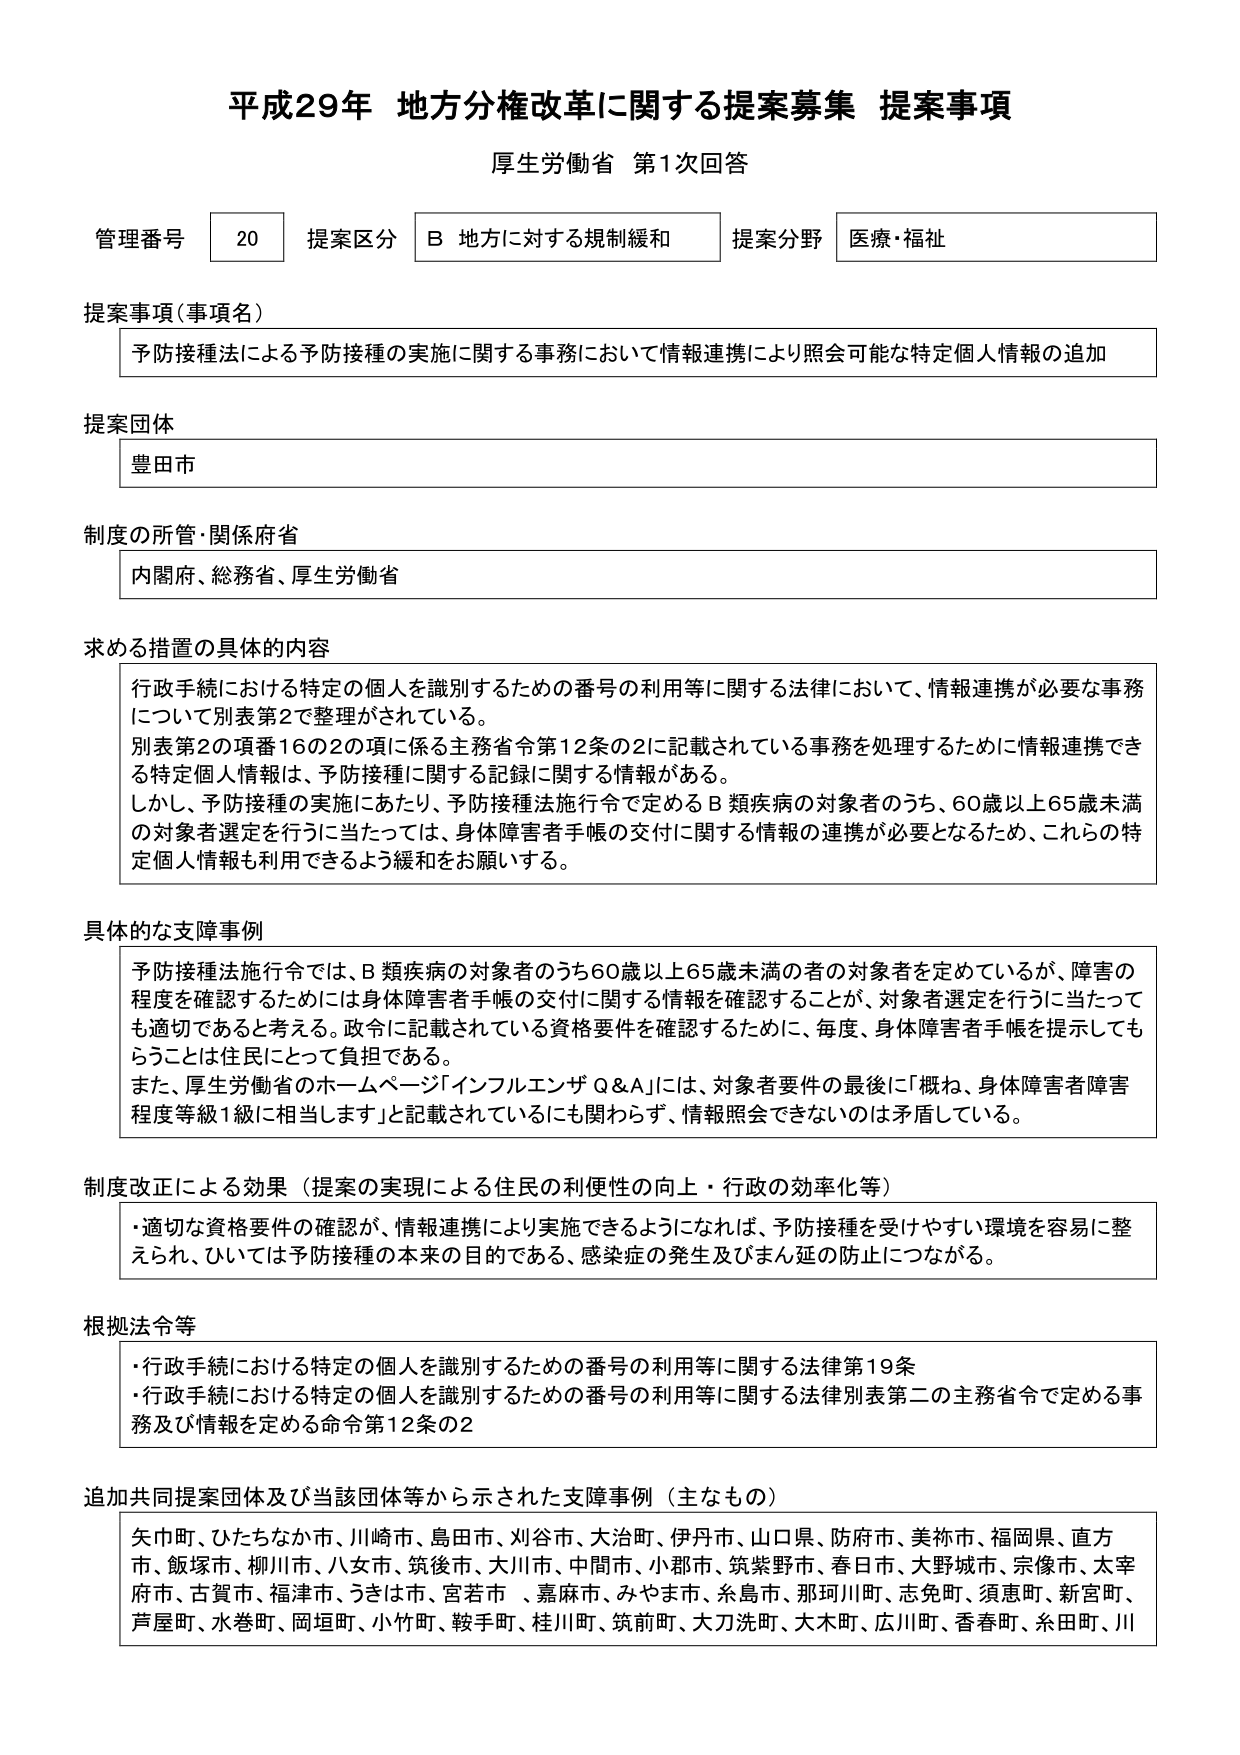
平成29年 地方分権改革に関する提案募集 提案事項
厚生労働省 第1次回答

管理番号 20 提案区分 B 地方に対する規制緩和 提案分野 医療・福祉

提案事項（事項名）
予防接種法による予防接種の実施に関する事務において情報連携により照会可能な特定個人情報の追加

提案団体
豊田市

制度の所管・関係府省
内閣府、総務省、厚生労働省

求める措置の具体的内容
行政手続における特定の個人を識別するための番号の利用等に関する法律において、情報連携が必要な事務について別表第2で整理がされている。
別表第2の項番16の2の項に係る主務省令第12条の2に記載されている事務を処理するために情報連携できる特定個人情報は、予防接種に関する記録に関する情報がある。
しかし、予防接種の実施にあたり、予防接種法施行令で定めるB類疾病の対象者のうち、60歳以上65歳未満の対象者選定を行うに当たっては、身体障害者手帳の交付に関する情報の連携が必要となるため、これらの特定個人情報も利用できるよう緩和をお願いする。

具体的な支障事例
予防接種法施行令では、B類疾病の対象者のうち60歳以上65歳未満の者の対象者を定めているが、障害の程度を確認するためには身体障害者手帳の交付に関する情報を確認することが、対象者選定を行うに当たっても適切であると考える。政令に記載されている資格要件を確認するために、毎度、身体障害者手帳を提示してもらうことは住民にとって負担である。
また、厚生労働省のホームページ「インフルエンザ Q&A」には、対象者要件の最後に「概ね、身体障害者障害程度等級1級に相当します」と記載されているにも関わらず、情報照会できないのは矛盾している。

制度改正による効果（提案の実現による住民の利便性の向上・行政の効率化等）
・適切な資格要件の確認が、情報連携により実施できるようになれば、予防接種を受けやすい環境を容易に整えられ、ひいては予防接種の本来の目的である、感染症の発生及びまん延の防止につながる。

根拠法令等
・行政手続における特定の個人を識別するための番号の利用等に関する法律第19条
・行政手続における特定の個人を識別するための番号の利用等に関する法律別表第二の主務省令で定める事務及び情報を定める命令第12条の2

追加共同提案団体及び当該団体等から示された支障事例（主なもの）
矢巾町、ひたちなか市、川崎市、島田市、刈谷市、大治町、伊丹市、山口県、防府市、美祢市、福岡県、直方市、飯塚市、柳川市、八女市、筑後市、大川市、中間市、小郡市、筑紫野市、春日市、大野城市、宗像市、太宰府市、古賀市、福津市、うきは市、宮若市 、嘉麻市、みやま市、糸島市、那珂川町、志免町、須恵町、新宮町、芦屋町、水巻町、岡垣町、小竹町、鞍手町、桂川町、筑前町、大刀洗町、大木町、広川町、香春町、糸田町、川